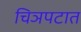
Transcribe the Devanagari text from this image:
चिञपटात